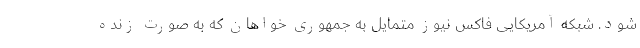
شود. شبکه آمریکایی فاکس نیوز متمایل به جمهوری خواهان که به صورت زنده